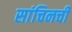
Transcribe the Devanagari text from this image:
सांचिनची